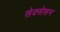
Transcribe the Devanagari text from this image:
सेक्सेशन